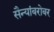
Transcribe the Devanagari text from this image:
सैन्यांबरोबर